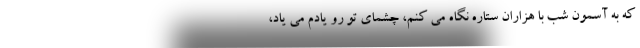
که به آسمون شب با هزاران ستاره نگاه می کنم، چشمای تو رو یادم می یاد،